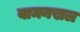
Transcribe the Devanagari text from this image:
वामनखल